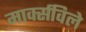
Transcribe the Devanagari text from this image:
मार्क्सविले